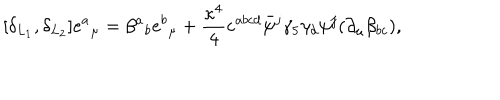
[ \delta _ { L _ { 1 } } , \delta _ { L _ { 2 } } ] e { ^ a } _ { \mu } = \beta { ^ a } _ { b } e { ^ b } _ { \mu } + { \frac { \kappa ^ { 4 } } { 4 } } \varepsilon ^ { a b c d } \bar { \psi } { ^ j } \gamma _ { 5 } \gamma _ { d } \psi { ^ j } ( \partial _ { \mu } \beta _ { b c } ) ,